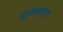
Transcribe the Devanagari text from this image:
सुखसदन